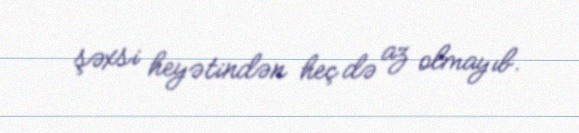
şəxsi heyətindən heç də az olmayıb.